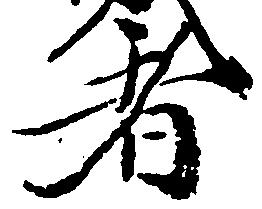
者